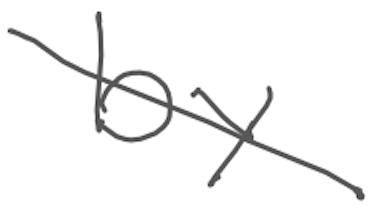
Text: by
Cross-out: diagonal
Writing tool: digital_gray